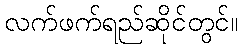
လက်ဖက်ရည်ဆိုင်တွင်။